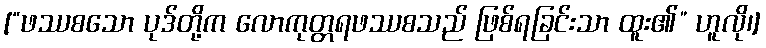
[“ဖဿစသော ပုဒ်တို့က လောကုတ္တရဖဿစသည် ဖြစ်ရခြင်းသာ ထူး၏” ဟူလို၊]